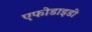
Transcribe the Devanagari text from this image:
एफोडाइडी